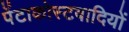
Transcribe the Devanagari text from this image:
पेंटाकोस्टवादियों